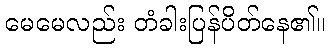
မေမေလည်း တံခါးပြန်ပိတ်နေ၏။